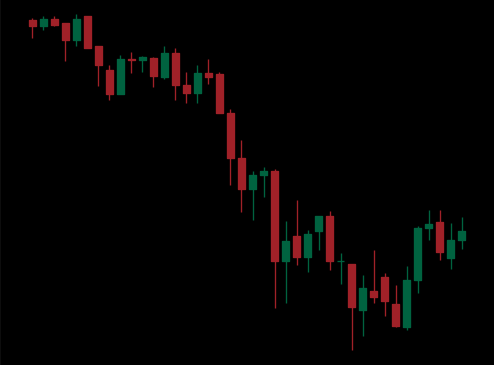
Pattern: unclassified